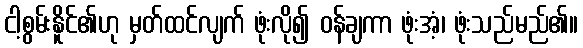
ငါ့စွမ်းနိူင်၏ဟု မှတ်ထင်လျက် ဖုံးလို၍ ဝန်ချကာ ဖုံးအံ့၊ ဖုံးသည်မည်၏။